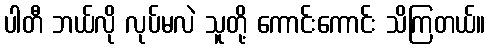
ပါတီ ဘယ်လို လုပ်မလဲ သူတို့ ကောင်းကောင်း သိကြတယ်။